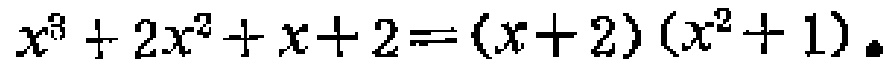
\(x^{3}+2x^{2}+x + 2=(x + 2)(x^{2}+1)\)